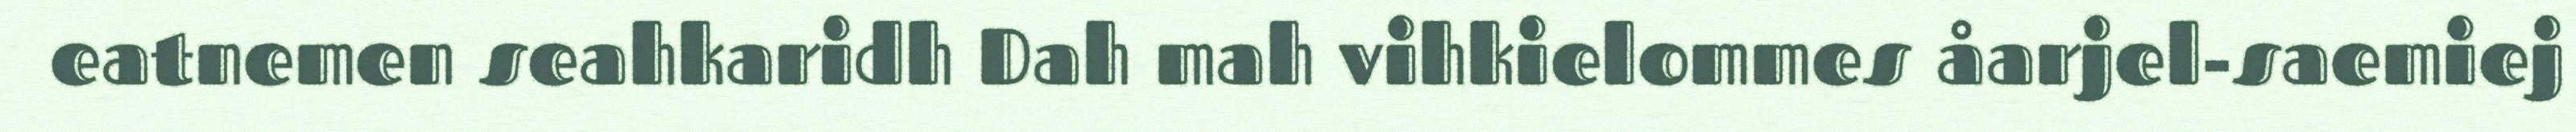
eatnemen seahkaridh Dah mah vihkielommes åarjel-saemiej